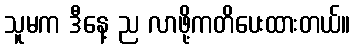
သူမက ဒီနေ့ ည လာဖို့ကတိပေးထားတယ်။